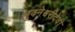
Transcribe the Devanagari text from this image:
भुवनेश्वरीदेवी